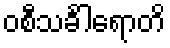
ဝစီသင်္ခါရောတိ